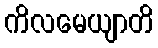
ကိလမေယျာတိ